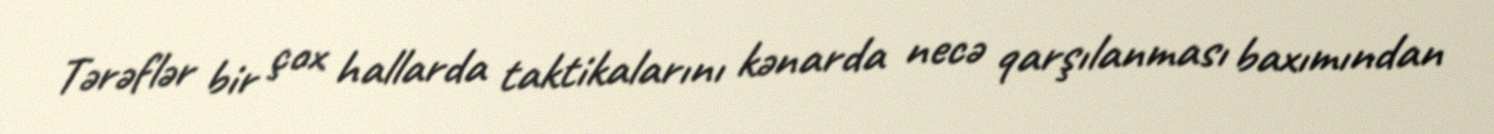
Tərəflər bir çox hallarda taktikalarını kənarda necə qarşılanması baxımından